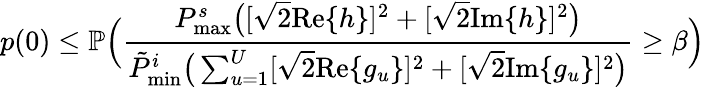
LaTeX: p(0)\leq\mathbb{P}\Big(\frac{P_{\textnormal{max}}^{s}\big([\sqrt{2}\textnormal{Re}\{ h\} ]^{2}+[\sqrt{2}\textnormal{Im}\{ h\} ]^{2}\big)}{\tilde{P}_{\textnormal{min}}^{i}\big(\sum_{u=1}^{U}[\sqrt{2}\textnormal{Re}\{ g_{u}\} ]^{2}+[\sqrt{2}\textnormal{Im}\{ g_{u}\} ]^{2}\big)}\geq\beta\Big)